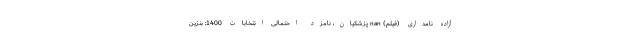
آزاده نامداری (فیلم) nan پزشکیان، نامزد احتمالی انتخابات 1400: بنزین